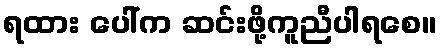
ရထား ပေါ်က ဆင်းဖို့ကူညီပါရစေ။